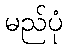
မည်ပုံ